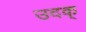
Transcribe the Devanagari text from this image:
उदक्